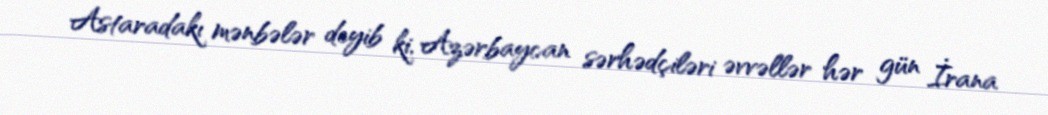
Astaradakı mənbələr deyib ki, Azərbaycan sərhədçiləri əvvəllər hər gün İrana